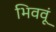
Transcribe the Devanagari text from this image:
भिववूं